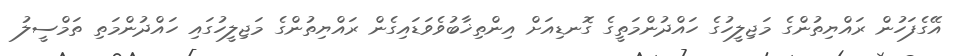
އޭގެފަހުން ރައްޔިތުންގެ މަޖިލީހުގެ ހައްދުންމަތީގެ ގޮނޑިއަށް އިންތިޚާބުވެވަޑައިގެން ރައްޔިތުންގެ މަޖިލީހުގައި ހައްދުންމަތި ތަމްސީލު